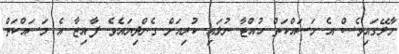
މާލޭގައިވެސް އެ މަސައްކަތް ހުއްޓާ ނުލައި ކުރިއަށް ގެންދިޔައެވެ. ފާއިޒާ އެ މަސައްކަތް